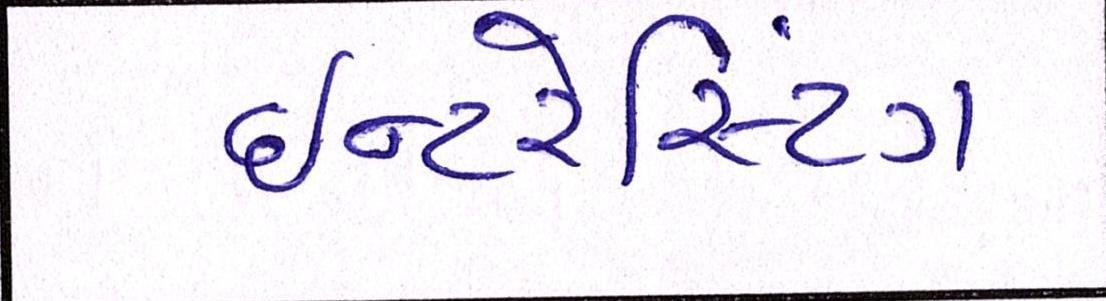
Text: ઇન્ટરેસ્ટિંગ